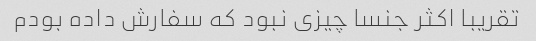
تقریبا اکثر جنسا چیزی نبود که سفارش داده بودم